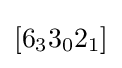
[6_{3}3_{0}2_{1}]